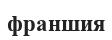
франшия